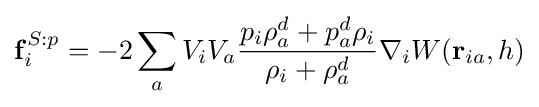
\mathbf {f} _{i}^{S:p}=-2\sum _{a}V_{i}V_{a}{\frac {p_{i}\rho _{a}^{d}+p_{a}^{d}\rho _{i}}{\rho _{i}+\rho _{a}^{d}}}\nabla _{i}W(\mathbf {r} _{ia},h)